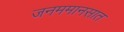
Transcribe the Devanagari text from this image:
जनममानसात